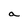
Character: a